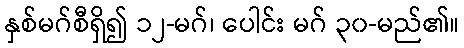
နှစ်မဂ်စီရှိ၍ ၁၂-မဂ်၊ ပေါင်း မဂ် ၃၀-မည်၏။